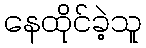
နေထိုင်ခဲ့သူ